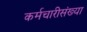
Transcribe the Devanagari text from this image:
कर्मचारीसंख्या